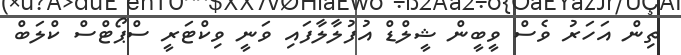
ތިން އަހަރު ވެސް ވީބީން ޝީލްޑް އުފުލާލާފައި ވަނީ ވިކްޓަރީ ސްޕޯޓްސް ކްލަބް